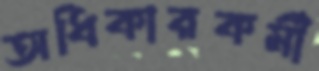
অধিকারকর্মী